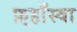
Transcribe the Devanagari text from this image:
फ़्हाँस्वा